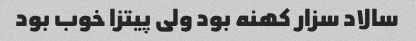
سالاد سزار کهنه‌ بود ولی پیتزا خوب بود